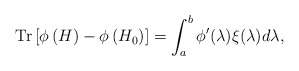
\begin{align*} \textup{Tr}\left[\phi\left(H\right)-\phi\left(H_0\right)\right] = \int_{a}^{b} \phi^{\prime} (\lambda)\xi(\lambda)d\lambda,\end{align*}